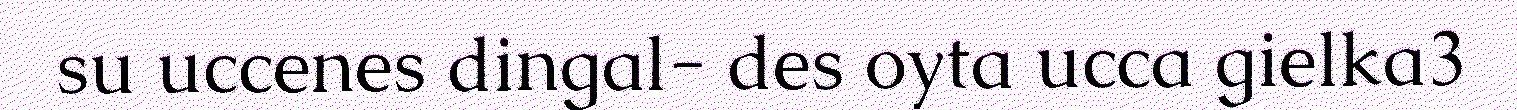
su uccenes dingal- des oyta ucca gielka3